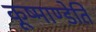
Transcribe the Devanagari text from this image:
कूष्माण्डेति